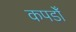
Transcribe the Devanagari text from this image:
कपडोँ